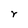
Character: r